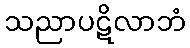
သညာပဋိလာဘံ